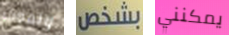
ونموت بشخص يمكنني